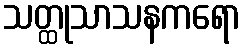
သတ္ထုသာသနကရော